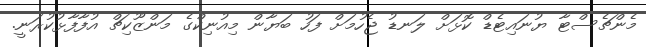
މެންޗެސްޓާ ޔުނައިޓެޑް ކޮޅަށް ލަނޑު ޖެހުމަށް ފަހު ބަޔާން މިއުނިކްގެ މަންޒޫކިޗް އުފާފާޅުކުރަނީ.